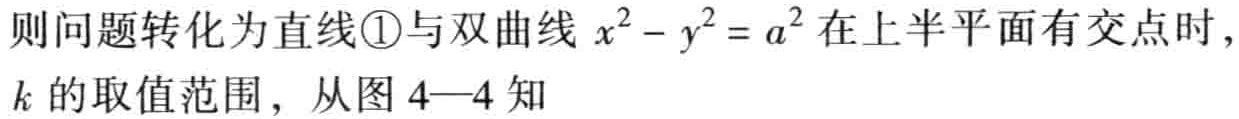
则问题转化为直线\textcircled{1}与双曲线 \(x^{2}-y^{2}=a^{2}\) 在上半平面有交点时，\(k\) 的取值范围，从图 4—4 知